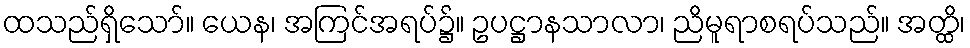
ထသည်ရှိသော်။ ယေန၊ အကြင်အရပ်၌။ ဥပဋ္ဌာနသာလာ၊ ညိမူရာစရပ်သည်။ အတ္ထိ၊